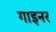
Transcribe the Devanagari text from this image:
गाइनर